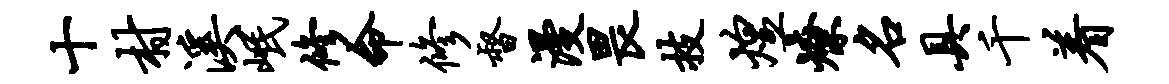
十村溪岷修命修督漫畏技煌燎名具千着